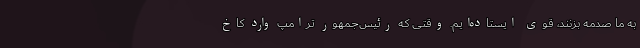
به ما صدمه بزنند، قوی ایستاده‌ایم. وقتی که رئیس‌جمهور ترامپ وارد کاخ